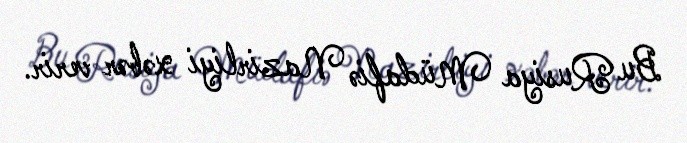
Bu Rusiya Müdafiə Nazirliyi xəbər verir.